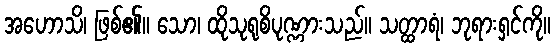
အဟောသိ၊ ဖြစ်၏။ သော၊ ထိုသုရုစိပုဏ္ဏားသည်။ သတ္ထာရံ၊ ဘုရားရှင်ကို။